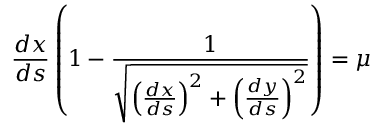
\frac { d x } { d s } \left( 1 - \frac { 1 } { \sqrt { \left( \frac { d x } { d s } \right) ^ { 2 } + \left( \frac { d y } { d s } \right) ^ { 2 } } } \right) = \mu